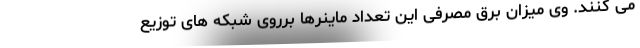
می کنند. وی میزان برق مصرفی این تعداد ماینرها برروی شبکه های توزیع